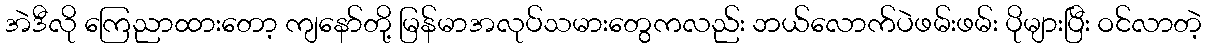
အဲဒီလို ကြေညာထားတော့ ကျနော်တို့ မြန်မာအလုပ်သမားတွေကလည်း ဘယ်လောက်ပဲဖမ်းဖမ်း ပိုများပြီး ဝင်လာတဲ့